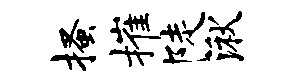
搔摧陡湫